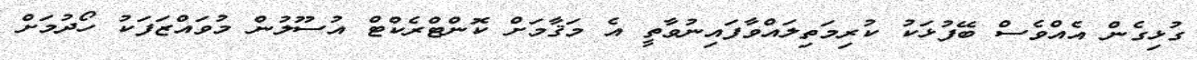
ގުޅިގެން އެއްވެސް ބޭފުޅަކު ކުރިމަތިލައްވާފައިނުވާތީ އެ މަޤާމަށް ކޮންޓްރެކްޓް އުސޫލުން މުވައްޒަފަކު ހޯދުމަށް